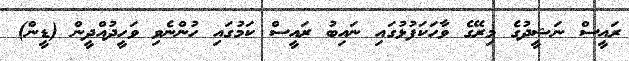
ރައީސް ނަޝީދުގެ މިރޭގެ ވާހަކަފުޅުގައި ނައިބު ރައީސް ކަމުގައި ހުންނެވި ވަހީދުއްދީން (ޑީން)